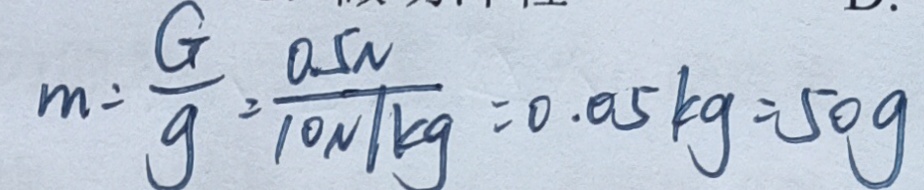
m = \frac { G } { g } = \frac { 0 . 5 N } { 1 0 N / k g } = 0 . 0 5 k g = 5 0 g